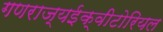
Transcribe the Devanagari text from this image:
गणराज्यईक्वीटोरियल